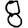
Digit: 8